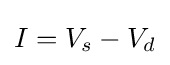
I=V_{s}-V_{d}